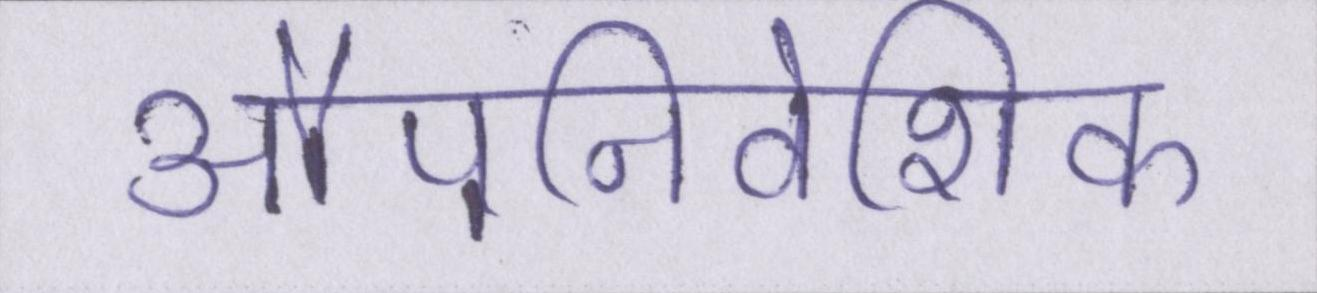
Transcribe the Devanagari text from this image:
औपनिवेशिक